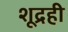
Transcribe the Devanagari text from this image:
शूद्रही